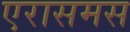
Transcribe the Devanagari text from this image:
एरासमस